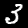
Label: 3